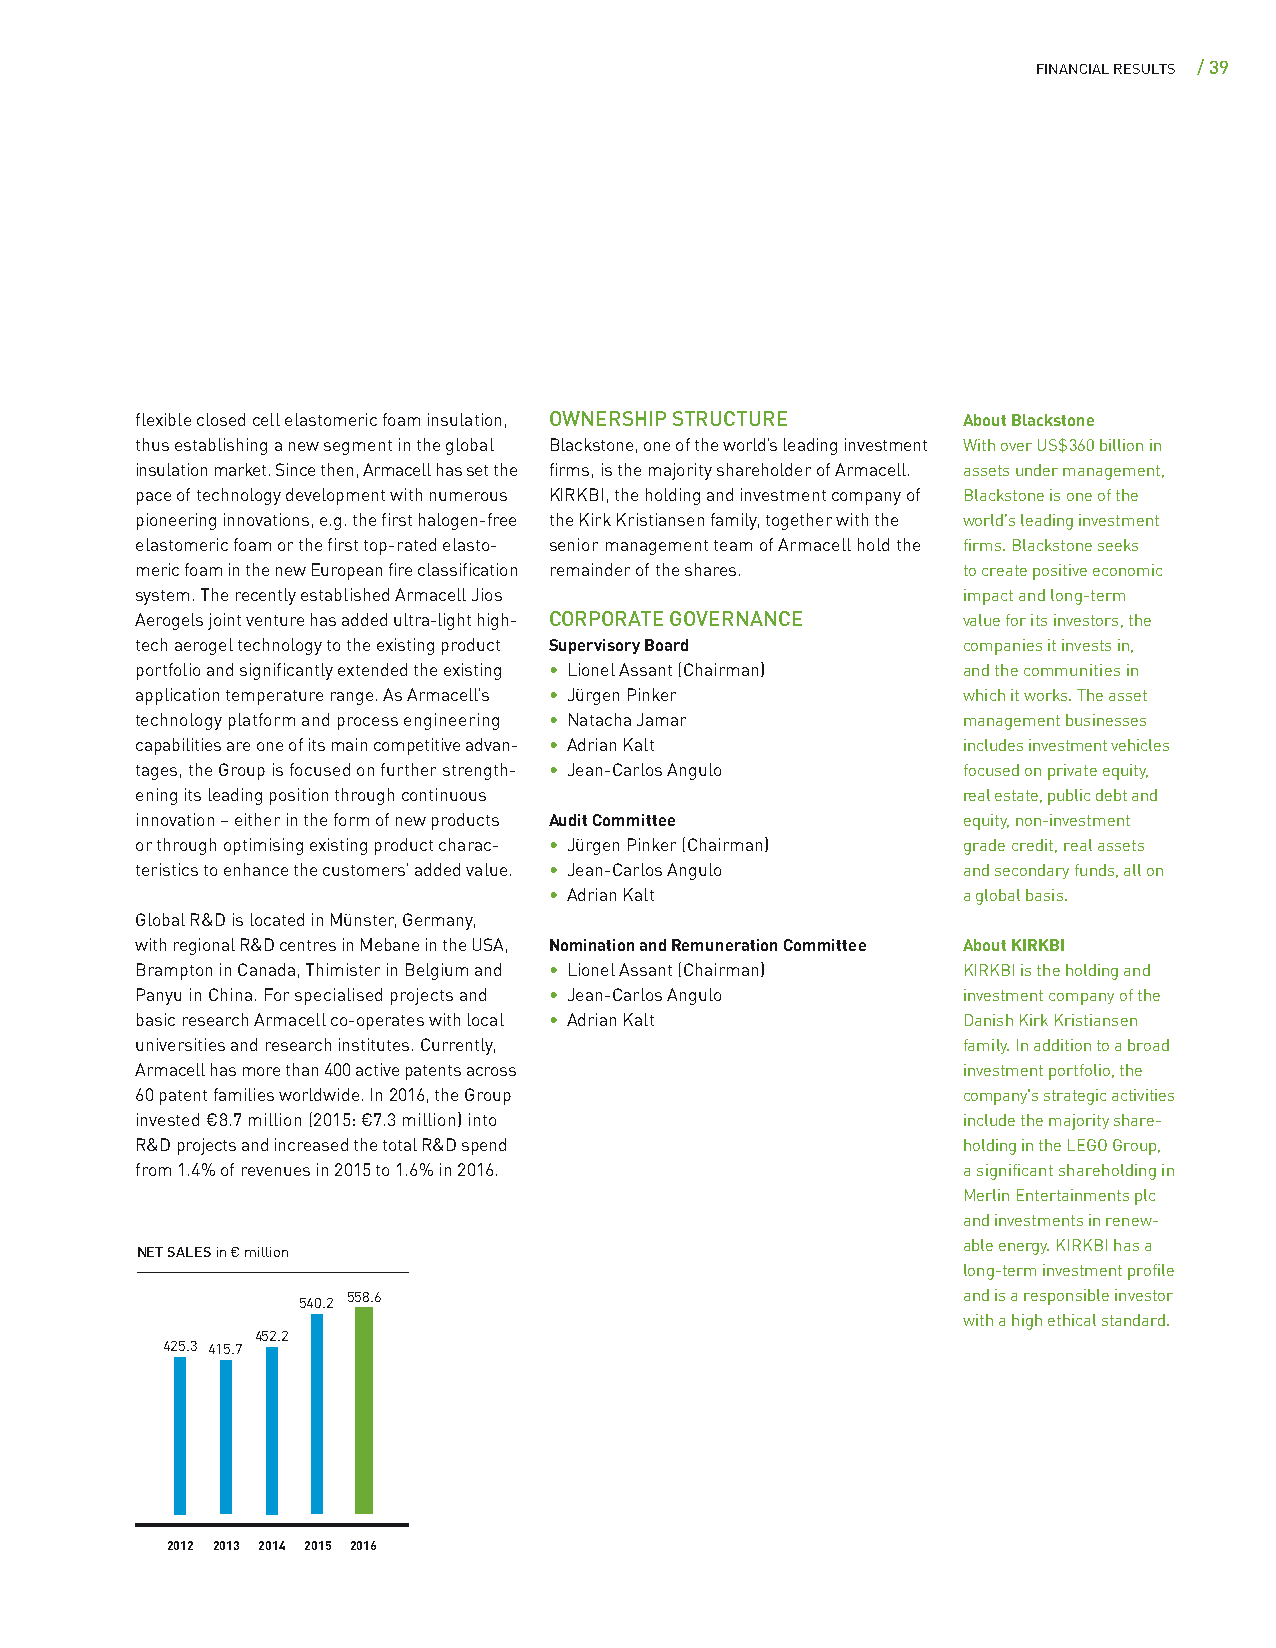
FINANCIAL RESULTS / 39
 flexible closed cell elastomeric foam insulation, OWNERSHIP STRUCTURE About Blackstone
 thus establishing a new segment in the global Blackstone, one of the world’s leading investment With over US$ 360 billion in
 insulation market. Since then, Armacell has set the firms, is the majority shareholder of Armacell. assets under management,
 pace of technology development with numerous KIRKBI, the holding and investment company of Blackstone is one of the
 pioneering innovations, e.g. the first halogen-free the Kirk Kristiansen family, together with the world’s leading investment
 elastomeric foam or the first top-rated elasto- senior management team of Armacell hold the firms. Blackstone seeks
 meric foam in the new European fire classification remainder of the shares. to create positive economic
 system. The recently established Armacell Jios         impact and long-term
 Aerogels joint venture has added ultra-light high- CORPORATE GOVERNANCE value for its investors, the
 tech aerogel technology to the existing product Supervisory Board companies it invests in,
 portfolio and significantly extended the existing • Lionel Assant (Chairman) and the communities in
 application temperature range. As Armacell’s • Jürgen Pinker which it works. The asset
 technology platform and process engineering • Natacha Jamar management businesses
 capabilities are one of its main competitive advan- • Adrian Kalt includes investment vehicles
 tages, the Group is focused on further strength- • Jean-Carlos Angulo focused on private equity,
 ening its leading position through continuous          real estate, public debt and
 innovation – either in the form of new products Audit Committee equity, non-investment
 or through optimising existing product charac- • Jürgen Pinker (Chairman) grade credit, real assets
 teristics to enhance the customers’ added value. • Jean-Carlos Angulo and secondary funds, all on
 • Adrian Kalt               a global basis.
 Global R&D is located in Münster, Germany,
 with regional R&D centres in Mebane in the USA, Nomination and Remuneration Committee About KIRKBI
 Brampton in Canada, Thimister in Belgium and • Lionel Assant (Chairman) KIRKBI is the holding and
 Panyu in China. For specialised projects and • Jean-Carlos Angulo investment company of the
 basic research Armacell co-operates with local • Adrian Kalt Danish Kirk Kristiansen
 universities and research institutes. Currently,       family. In addition to a broad
 Armacell has more than 400 active patents across       investment portfolio, the
 60 patent families worldwide. In 2016, the Group       company's strategic activities
 invested € 8.7 million (2015: €7.3 million) into       include the majority share-
 R&D projects and increased the total R&D spend         holding in the LEGO Group,
 from 1.4 % of revenues in 2015 to 1.6 % in 2016.       a significant shareholding in
 Merlin Entertainments plc
 and investments in renew-
 able energy. KIRKBI has a
 NET SALES in € million
 long-term investment profile
 558.6                                    and is a responsible investor
 540.2
 with a high ethical standard.
 452.2
 425.3 415.7
 2012 2013 2014 2015 2016